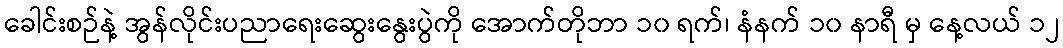
ခေါင်းစဉ်နဲ့ အွန်လိုင်းပညာရေးဆွေးနွေးပွဲကို အောက်တိုဘာ ၁၀ ရက်၊ နံနက် ၁၀ နာရီ မှ နေ့လယ် ၁၂